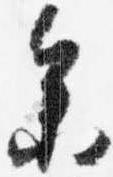
参